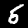
Label: 5